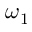
\omega _ { 1 }